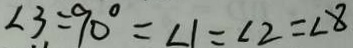
\angle 3 = 9 0 ^ { \circ } = \angle 1 = \angle 2 = \angle 8